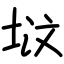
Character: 𪣢